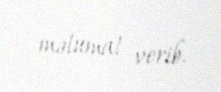
məlumat verib.